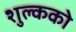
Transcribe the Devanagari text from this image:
शुल्कको